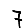
Digit: 7